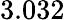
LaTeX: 3.032